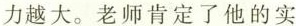
力越大。老师肯定了他的实